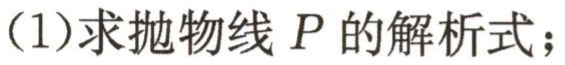
（1）求抛物线 \(P\) 的解析式；